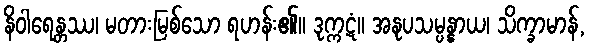
နိဝါရေန္တဿ၊ မတားမြစ်သော ရဟန်း၏။ ဒုက္ကဋံ။ အနုပသမ္ပန္နာယ၊ သိက္ခာမာန်,